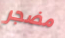
مضجر